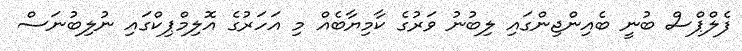
ފެލްޕްސް ބުނީ ބެއިންޖިންގައި ލިބުނު ވަރުގެ ކާމިޔާބެއް މި އަހަރުގެ އޮލިމްޕިކްގައި ނުލިބުނަސް